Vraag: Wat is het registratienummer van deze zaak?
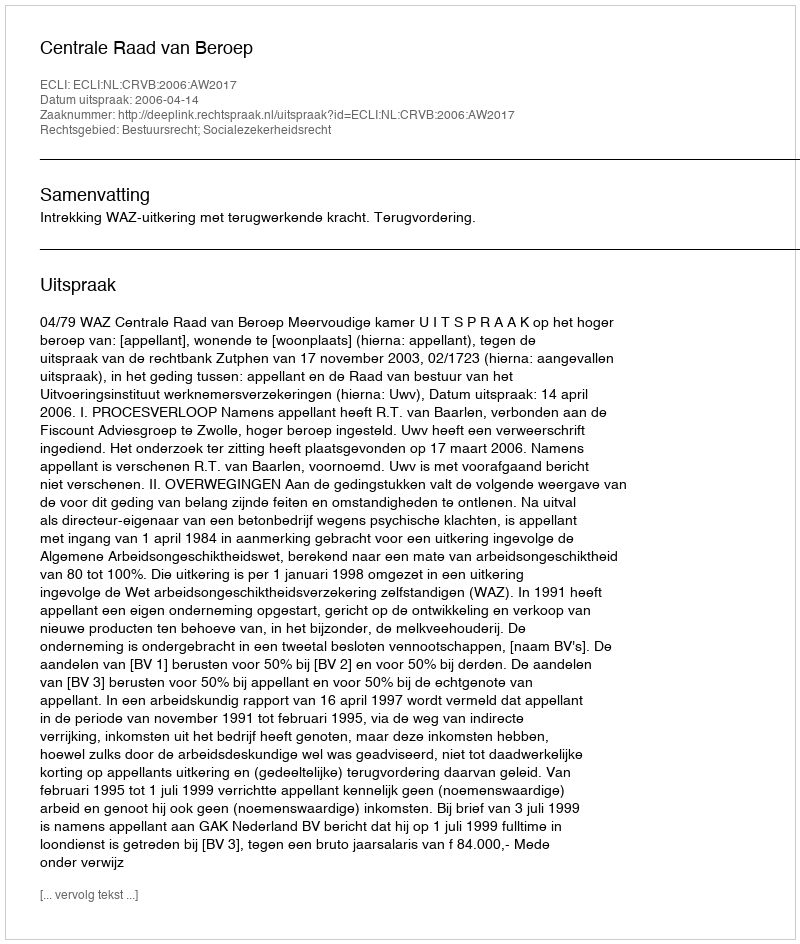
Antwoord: http://deeplink.rechtspraak.nl/uitspraak?id=ECLI:NL:CRVB:2006:AW2017